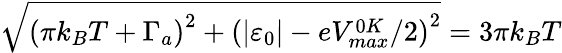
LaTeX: \sqrt{\left(\pi k_{B}T+\Gamma_{a}\right)^{2}+\left(\left\vert\varepsilon_{0}\right\vert-eV_{max}^{0K}/2\right)^{2}}=3\pi k_{B}T